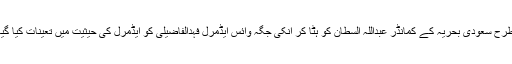
اسی طرح سعودی بحریہ کے کمانڈر عبداللہ السطان کو ہٹا کر انکی جگہ وائس ایڈمرل فہدالفاضیلی کو ایڈمرل کی حیثیت میں تعینات کیا گیا ہے۔